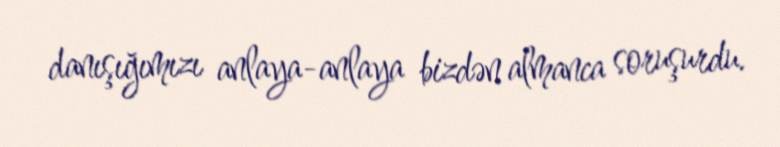
danışığımızı anlaya-anlaya bizdən almanca soruşurdu.